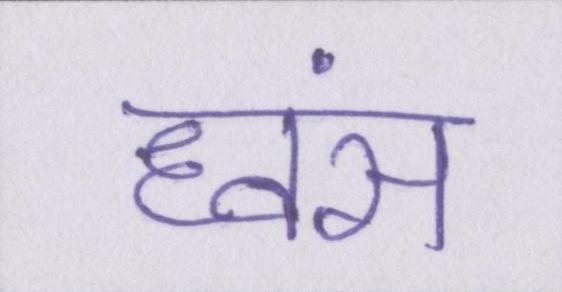
ध्वंस